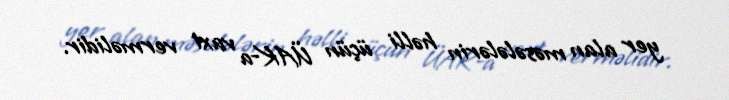
yer alan məsələlərin həlli üçün ÜAK-a vaxt verməlidir.